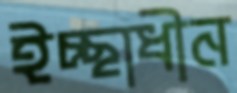
ইচ্ছাধীন